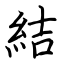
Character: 結